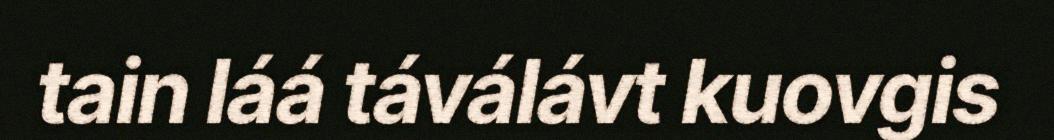
tain láá táválávt kuovgis